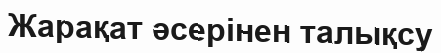
Жарақат әсерінен талықсу